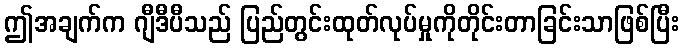
ဤအချက်က ဂျီဒီပီသည် ပြည်တွင်းထုတ်လုပ်မှုကိုတိုင်းတာခြင်းသာဖြစ်ပြီး